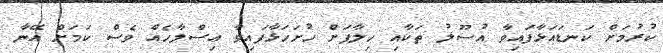
ކުރުމަށް ކަނޑައަޅާފައިވާ އުސޫލު ތަކާއި ހިލާފަށް ހުށަހަޅާފައިވާ އިސްލާހެއް ވެސް ކަމަށް އޭނާ